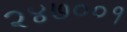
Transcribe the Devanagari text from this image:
२४७००१